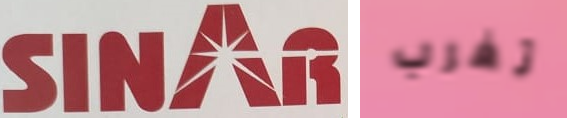
SINAR تغرب